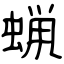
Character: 蝋